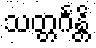
သတ္တင်္ဂန္တိ